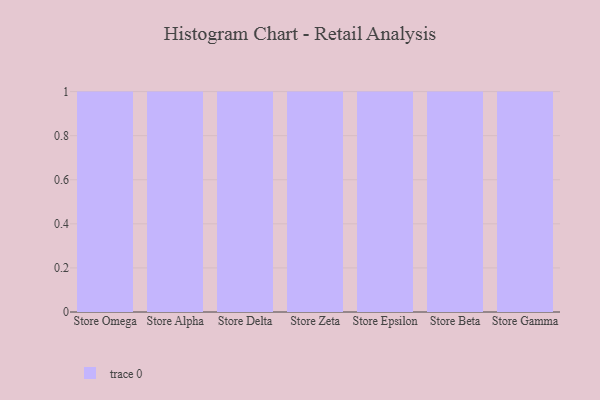
{"axis": {"x": "Store", "y": "Tickets Resolved"}, "legend": [""], "data": [{"x": "Store Omega", "y": 82, "type": ""}, {"x": "Store Alpha", "y": 23, "type": ""}, {"x": "Store Delta", "y": 59, "type": ""}, {"x": "Store Zeta", "y": 45, "type": ""}, {"x": "Store Epsilon", "y": 98, "type": ""}, {"x": "Store Beta", "y": 27, "type": ""}, {"x": "Store Gamma", "y": 73, "type": ""}]}